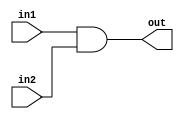
module bit32And (out, in1, in2);
	input [31:0] in1, in2;
	output [31:0] out;
	
	assign {out} = in1 & in2;

endmodule

module bit32Or (out, in1, in2);
	input [31:0] in1, in2;
	output [31:0] out;
	
	assign {out} = in1 | in2;
	
endmodule